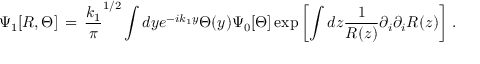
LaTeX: \Psi _ { 1 } [ R , \Theta ] \, = \, { \frac { k _ { 1 } } { \pi } } ^ { 1 / 2 } \int d y e ^ { - i k _ { 1 } y } \Theta ( y ) \Psi _ { 0 } [ \Theta ] \exp \left[ \int d z { \frac { 1 } { R ( z ) } } \partial _ { i } \partial _ { i } R ( z ) \right] \, .